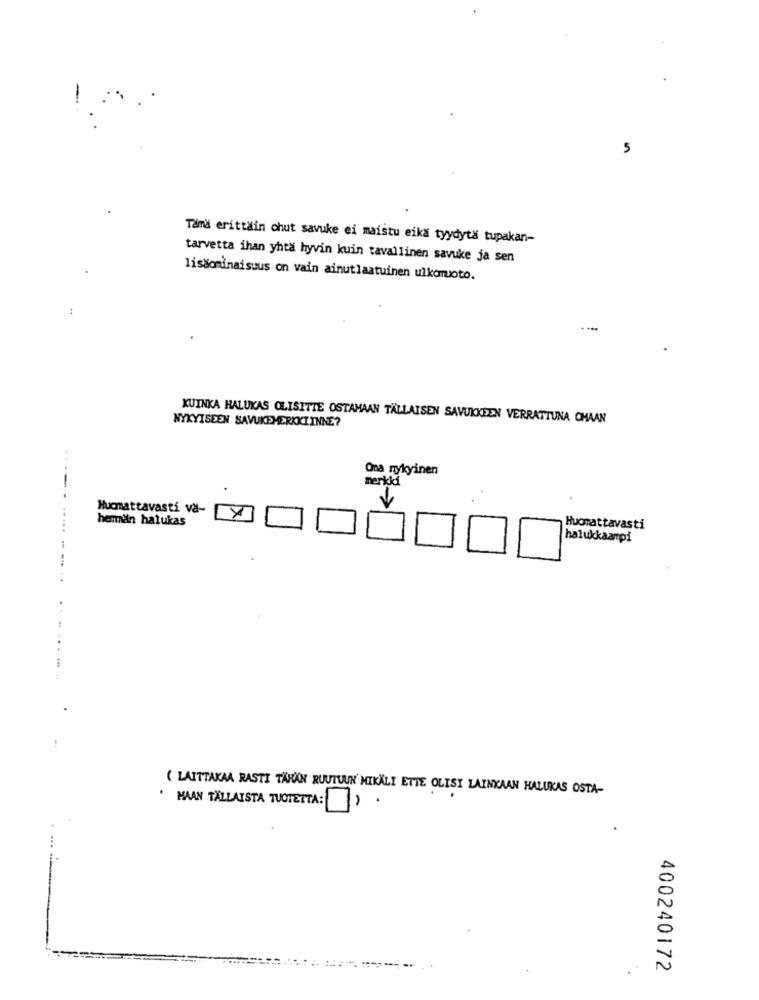
5
Tamd erittäin chut savuke ei maistu eika tyydyta tupakan-
tarvetta ihan yhtä hyvin kuin tavallinen savuke ja sen
lissominaisuus on vain ainutlaatuinen ulkomuoto.
:
--
KUINKA HALUKAS CLISITTE OSTAMAAN TÄLLAISEN SAVUKKEEN VERRATTUNA CHAAN
NYKYISEEN SAVUKEMERKKIINNE?
Ona nykyinen
merkki
Hucmattavasti va-
hemin hatukas
Huomattavasti
halukkaampi
( LAITTAKAA RASTI TARAN RUUTUUN MIKALI ETTE OLISI LAINKAN HALUKAS OSTA-
· MAAN TALLAISTA TUOTETTA:
.
7
400240172